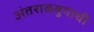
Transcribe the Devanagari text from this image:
अंतराळयुगाची